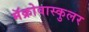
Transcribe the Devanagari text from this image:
मॅक्रोवास्कुलर